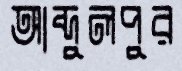
আব্দুলপুর